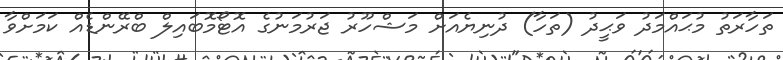
ތަހާރަތު މުޙައްމަދު ވަޙީދު (ތަހާ) ދުނިޔެއަށް މަޝްހޫރު ޖަރުމަނުގެ އޮޓޯމޮބައިލް ބްރޭންޑެއް ކަމަށްވާ